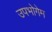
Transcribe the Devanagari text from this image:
उपभोगेम